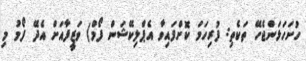
ހުށަހަޅަންޖެހޭ ތަކެތި: ފުރިހަމަ ކޮށްފައިވާ އެޕްލިކޭޝަން ފޯމް) ވަޒީފާއަށް އެދޭ ފޯމު މި